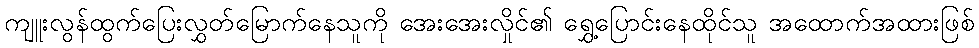
ကျူးလွန်ထွက်ပြေးလွှတ်မြောက်နေသူကို အေးအေးလှိုင်၏ ရွှေ့ပြောင်းနေထိုင်သူ အထောက်အထားဖြစ်